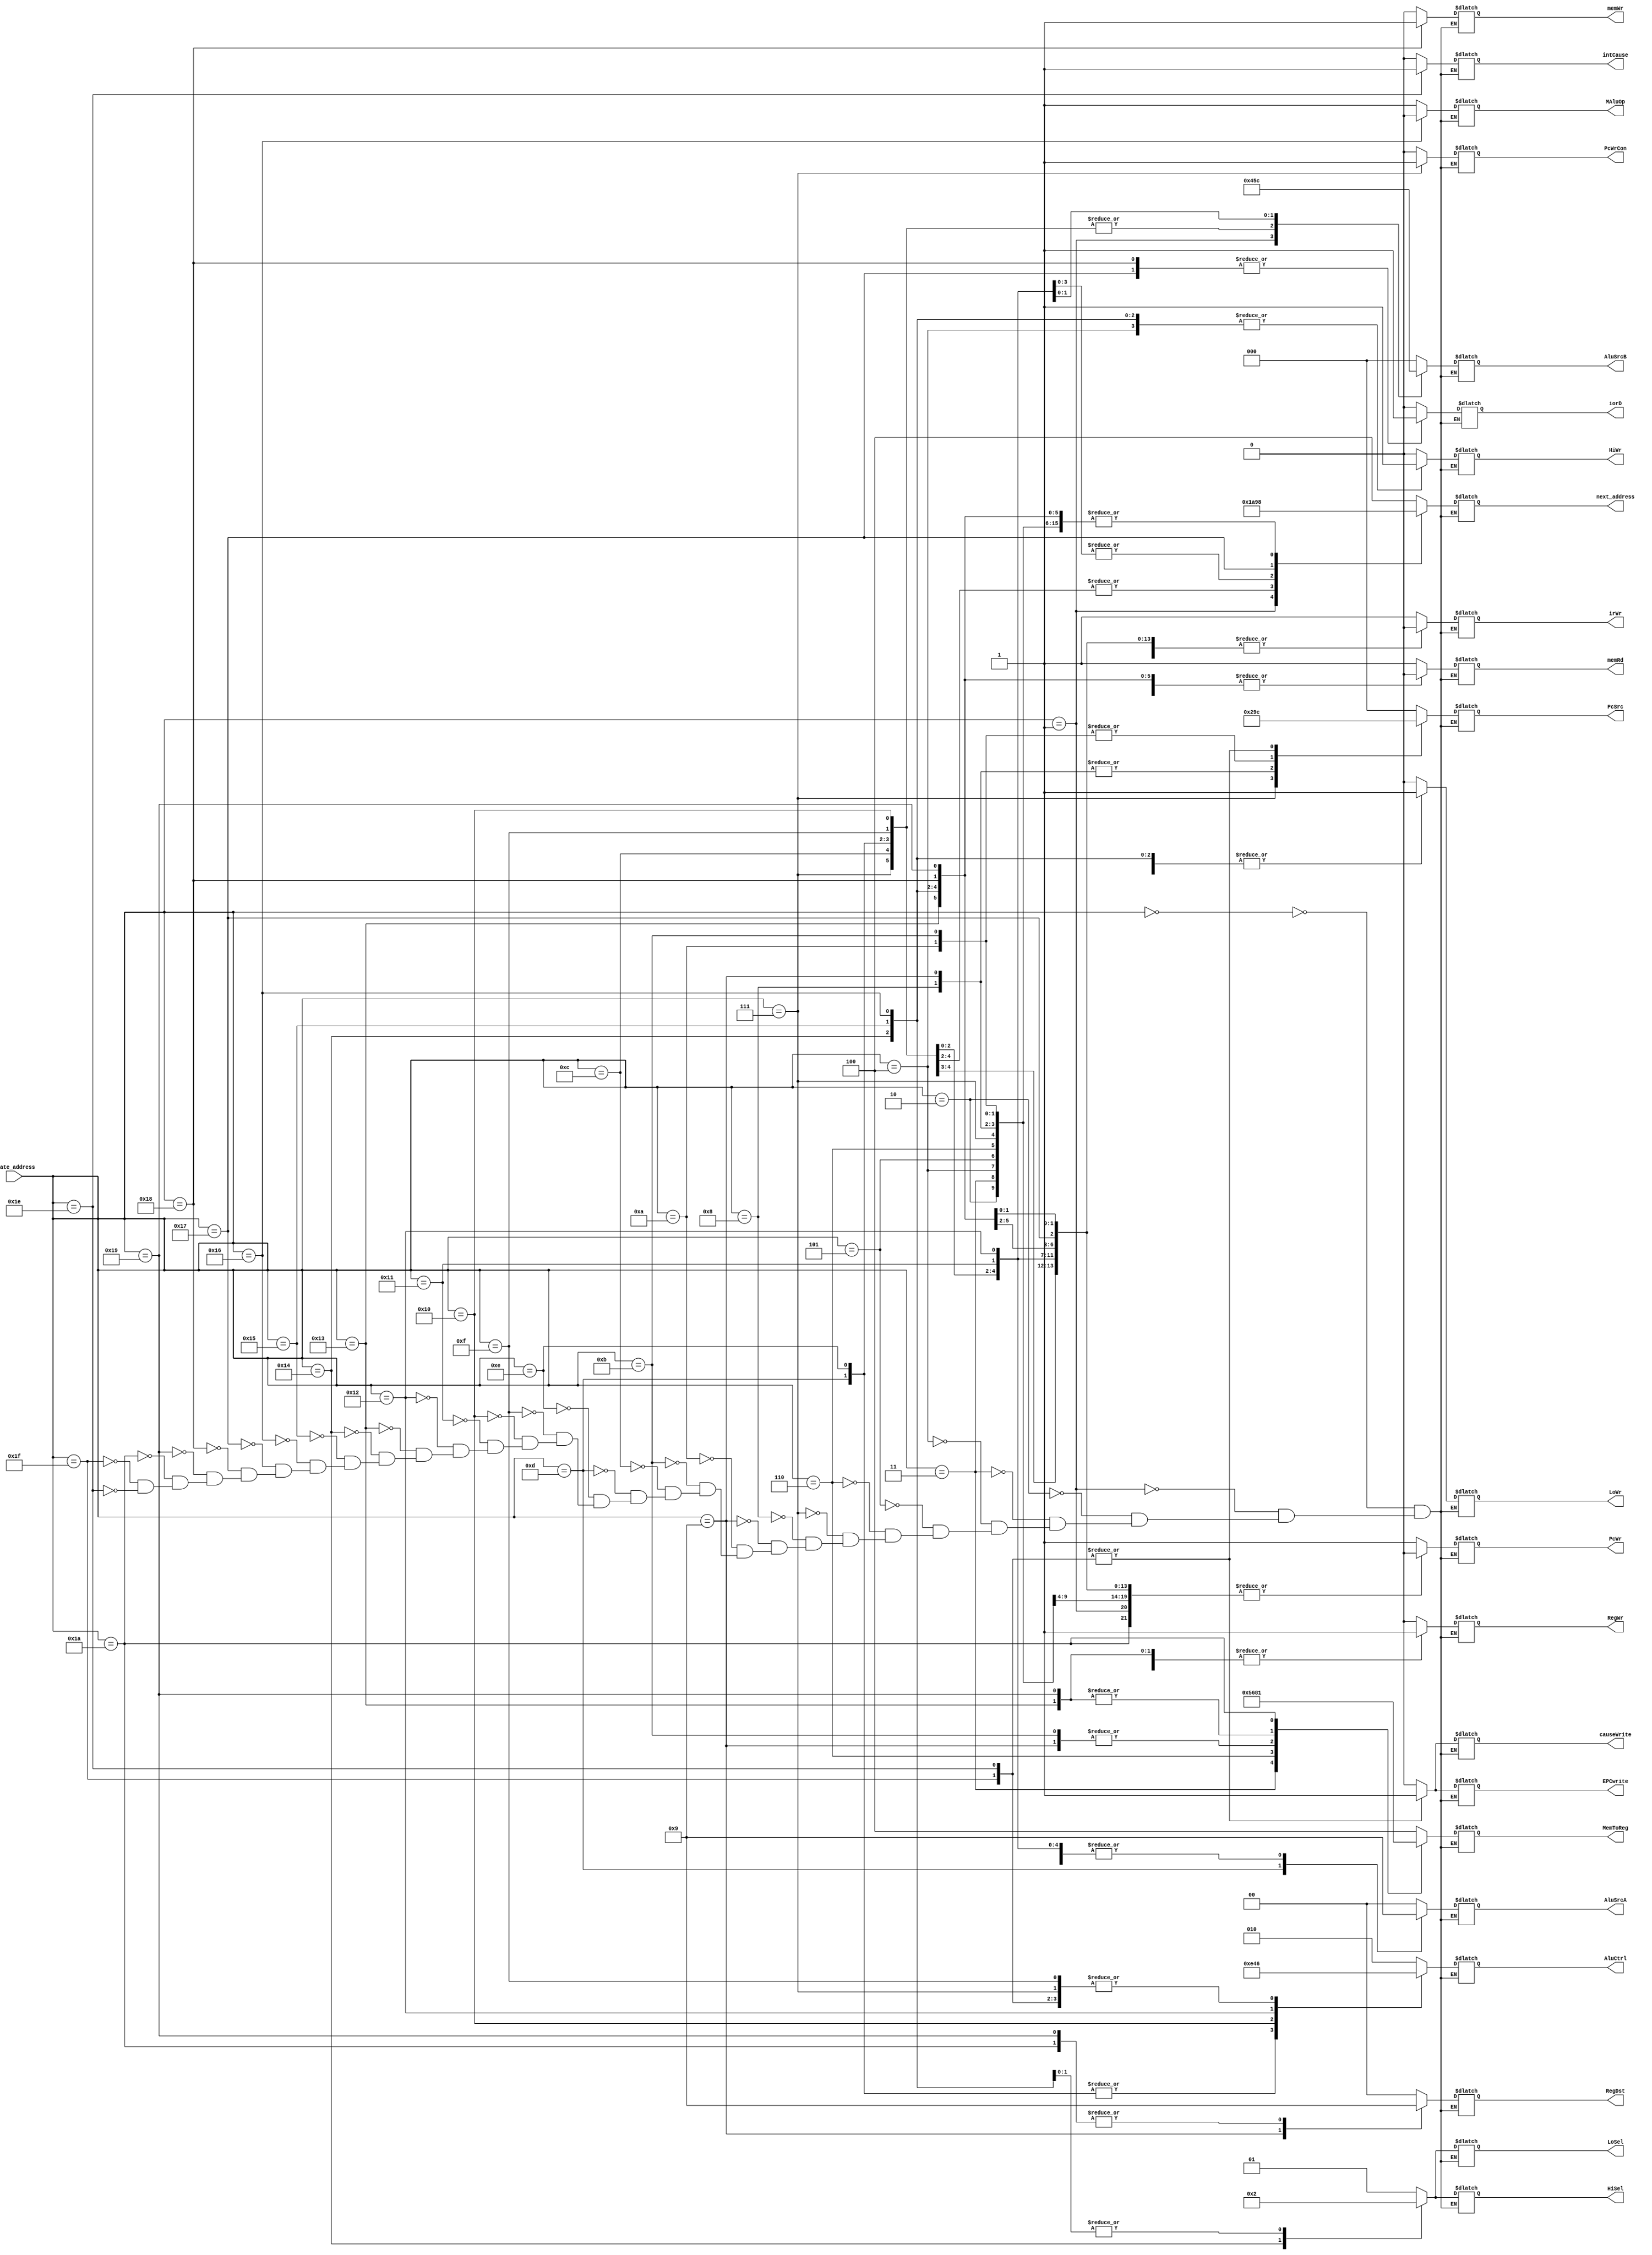
//`timescale 1ns / 1ps
module controlmemory(input [4:0] state_address,
				 output reg iorD,
				 output reg memRd,
				 output reg memWr,
				 output reg irWr,
				 output reg [1:0] AluSrcA,
				 output reg [2:0] AluSrcB,
				 output reg [2:0] AluCtrl,
				 output reg [1:0] HiSel,
				 output reg [1:0] LoSel,
				 output reg HiWr,
				 output reg LoWr,
				 output reg MAluOp,
				 output reg [2:0] MemToReg,
				 output reg [1:0] RegDst,
				 output reg RegWr,
				 output reg PcWr,
				 output reg PcWrCon,
				 output reg [2:0] PcSrc,
				 
				 output reg intCause,
				 output reg causeWrite,
				 output reg EPCwrite,
				 
				 output reg [2:0] next_address);
always@(*)
    begin		 
	    case(state_address)
		     5'b00000: //IF
			 begin
			     iorD= 1'b0;
				 memRd= 1'b1;
				 memWr= 1'b0;
				 irWr= 1'b1;
				 AluSrcA= 2'b00;
				 AluSrcB= 3'b000;
				 AluCtrl= 3'b010; //add
				 HiSel= 2'bxx;
				 LoSel= 2'bxx;
				 HiWr= 1'b0;
				 LoWr= 1'b0;
				 MAluOp= 1'bx;
				 MemToReg= 3'bxxx;
				 RegDst= 2'bxx;
				 RegWr= 1'b0;
				 PcWr= 1'b1;
				 PcWrCon= 1'b0;
				 PcSrc= 3'b000;
				 
				 intCause= 1'bx;
				 causeWrite= 1'b0;
				 EPCwrite= 1'b0;
				 
				 next_address= 3'b100;
			 end
			 
			 5'b00001:  //ID ex
			 begin
			     iorD= 1'bx;
				 memRd= 1'b0;
				 memWr= 1'b0;
				 irWr= 1'b0;
				 AluSrcA= 2'b00;
				 AluSrcB= 3'b010;
				 AluCtrl= 3'b010; //add
				 HiSel= 2'bxx;
				 LoSel= 2'bxx;
				 HiWr= 1'b0;
				 LoWr= 1'b0;
				 MAluOp= 1'bx;
				 MemToReg= 3'bxxx;
				 RegDst= 2'bxx;
				 RegWr= 1'b0;
				 PcWr= 1'b0;
				 PcWrCon= 1'b0;
				 PcSrc= 3'bxxx;
				 
				 intCause= 1'bx;
				 causeWrite= 1'b0;
				 EPCwrite= 1'b0;
				 
				 next_address = 3'b001;
			 end
			 
			 5'b00010:  //mfhi ex
			 begin
			     iorD= 1'bx;
				 memRd= 1'b0;
				 memWr= 1'b0;
				 irWr= 1'b0;
				 AluSrcA= 2'bxx;
				 AluSrcB= 3'bxxx;
				 AluCtrl= 3'bxxx; //dont care
				 HiSel= 2'bxx;
				 LoSel= 2'bxx;
				 HiWr= 1'b0;
				 LoWr= 1'b0;
				 MAluOp= 1'bx;
				 MemToReg= 3'b100;
				 RegDst= 2'b00;
				 RegWr= 1'b1;
				 PcWr= 1'b0;
				 PcWrCon= 1'b0;
				 PcSrc= 3'bxxx;
				 
				 intCause= 1'bx;
				 causeWrite= 1'b0;
				 EPCwrite= 1'b0;
				 
				 next_address = 3'b000;
			 end
			 
			 5'b00011:  //mflo ..
			 begin
			     iorD= 1'bx;
				 memRd= 1'b0;
				 memWr= 1'b0;
				 irWr= 1'b0;
				 AluSrcA= 2'bxx;
				 AluSrcB= 3'bxxx;
				 AluCtrl= 3'bxxx; //dont care
				 HiSel= 2'bxx;
				 LoSel= 2'bxx;
				 HiWr= 1'b0;
				 LoWr= 1'b0;
				 MAluOp= 1'bx;
				 MemToReg= 3'b101;
				 RegDst= 2'b00;
				 RegWr= 1'b1;
				 PcWr= 1'b0;
				 PcWrCon= 1'b0;
				 PcSrc= 3'bxxx;
				 
				 intCause= 1'bx;
				 causeWrite= 1'b0;
				 EPCwrite= 1'b0;
				 
				 next_address = 3'b000;
			 end
			 
			 5'b00100:  //mthi
			 begin
			     iorD= 1'bx;
				 memRd= 1'b0;
				 memWr= 1'b0;
				 irWr= 1'b0;
				 AluSrcA= 2'bxx;
				 AluSrcB= 3'bxxx;
				 AluCtrl= 3'bxxx; //dont care
				 HiSel= 2'b01;
				 LoSel= 2'bxx;
				 HiWr= 1'b1;
				 LoWr= 1'b0;
				 MAluOp= 1'bx;
				 MemToReg= 3'bxxx;
				 RegDst= 2'bxx;
				 RegWr= 1'b0;
				 PcWr= 1'b0;
				 PcWrCon= 1'b0;
				 PcSrc= 3'bxxx;
				 
				 intCause= 1'bx;
				 causeWrite= 1'b0;
				 EPCwrite= 1'b0;
				 
				 next_address = 3'b000;
			 end
			 
			 5'b00101:  //mtlo
			 begin
			     iorD= 1'bx;
				 memRd= 1'b0;
				 memWr= 1'b0;
				 irWr= 1'b0;
				 AluSrcA= 2'bxx;
				 AluSrcB= 3'bxxx;
				 AluCtrl= 3'bxxx; //dont care
				 HiSel= 2'bxx;
				 LoSel= 2'b01;
				 HiWr= 1'b0;
				 LoWr= 1'b1;
				 MAluOp= 1'bx;
				 MemToReg= 3'bxxx;
				 RegDst= 2'bxx;
				 RegWr= 1'b0;
				 PcWr= 1'b0;
				 PcWrCon= 1'b0;
				 PcSrc= 3'bxxx;
				 
				 intCause= 1'bx;
				 causeWrite= 1'b0;
				 EPCwrite= 1'b0;
				 
				 next_address = 3'b000;
			 end
			 
			 5'b00110:  //lui
			 begin
			     iorD= 1'bx;
				 memRd= 1'b0;
				 memWr= 1'b0;
				 irWr= 1'b0;
				 AluSrcA= 2'bxx;
				 AluSrcB= 3'bxxx;
				 AluCtrl= 3'bxxx; //dont care
				 HiSel= 2'bxx;
				 LoSel= 2'bxx;
				 HiWr= 1'b0;
				 LoWr= 1'b0;
				 MAluOp= 1'bx;
				 MemToReg= 3'b011;
				 RegDst= 2'b00;
				 RegWr= 1'b1;
				 PcWr= 1'b0;
				 PcWrCon= 1'b0;
				 PcSrc= 3'bxxx;
				 
				 intCause= 1'bx;
				 causeWrite= 1'b0;
				 EPCwrite= 1'b0;
			     
				 next_address = 3'b000;
			 end
			 
			 5'b00111:  //beq
			 begin
			     iorD= 1'bx;
				 memRd= 1'b0;
				 memWr= 1'b0;
				 irWr= 1'b0;
				 AluSrcA= 2'b01;
				 AluSrcB= 3'b001;
				 AluCtrl= 3'b110; //sub
				 HiSel= 2'bxx;
				 LoSel= 2'bxx;
				 HiWr= 1'b0;
				 LoWr= 1'b0;
				 MAluOp= 1'bx;
				 MemToReg= 3'bxxx;
				 RegDst= 2'bxx;
				 RegWr= 1'b0;
				 PcWr= 1'b0;
				 PcWrCon= 1'b1;
				 PcSrc= 3'b001;
				 
				 intCause= 1'bx;
				 causeWrite= 1'b0;
				 EPCwrite= 1'b0;
			     
				 next_address = 3'b000;
			 end
			 
			 5'b01000:  //j
			 begin
			     iorD= 1'bx;
				 memRd= 1'b0;
				 memWr= 1'b0;
				 irWr= 1'b0;
				 AluSrcA= 2'bxx;
				 AluSrcB= 3'bxxx;
				 AluCtrl= 3'bxxx; //dc
				 HiSel= 2'bxx;
				 LoSel= 2'bxx;
				 HiWr= 1'b0;
				 LoWr= 1'b0;
				 MAluOp= 1'bx;
				 MemToReg= 3'bxxx;
				 RegDst= 2'bxx;
				 RegWr= 1'b0;
				 PcWr= 1'b1;
				 PcWrCon= 1'b0;
				 PcSrc= 3'b010;
				 
				 intCause= 1'bx;
				 causeWrite= 1'b0;
				 EPCwrite= 1'b0;
			     
				 next_address = 3'b000;
			 end
			 
			 5'b01001:  //jal
			 begin
			     iorD= 1'bx;
				 memRd= 1'b0;
				 memWr= 1'b0;
				 irWr= 1'b0;
				 AluSrcA= 2'bxx;
				 AluSrcB= 3'bxxx;
				 AluCtrl= 3'bxxx; //dc
				 HiSel= 2'bxx;
				 LoSel= 2'bxx;
				 HiWr= 1'b0;
				 LoWr= 1'b0;
				 MAluOp= 1'bx;
				 MemToReg= 3'b010;
				 RegDst= 2'b10;
				 RegWr= 1'b1;
				 PcWr= 1'b1;
				 PcWrCon= 1'b0;
				 PcSrc= 3'b010;
				 
				 intCause= 1'bx;
				 causeWrite= 1'b0;
				 EPCwrite= 1'b0;
			     
				 next_address = 3'b000;
			 end
			 
			 5'b01010: //jr
			 begin
			    iorD= 1'bx;
				 memRd= 1'b0;
				 memWr= 1'b0;
				 irWr= 1'b0;
				 AluSrcA= 2'bxx;
				 AluSrcB= 3'bxxx;
				 AluCtrl= 3'bxxx; //dc
				 HiSel= 2'bxx;
				 LoSel= 2'bxx;
				 HiWr= 1'b0;
				 LoWr= 1'b0;
				 MAluOp= 1'bx;
				 MemToReg= 3'bxxx;
				 RegDst= 2'bxx;
				 RegWr= 1'b0;
				 PcWr= 1'b1;
				 PcWrCon= 1'b0;
				 PcSrc= 3'b011;
				 
				 intCause= 1'bx;
				 causeWrite= 1'b0;
				 EPCwrite= 1'b0;
			     
				 next_address = 3'b000;
			 end
			 
			 5'b01011: //jalr
			 begin
			     iorD= 1'bx;
				 memRd= 1'b0;
				 memWr= 1'b0;
				 irWr= 1'b0;
				 AluSrcA= 2'bxx;
				 AluSrcB= 3'bxxx;
				 AluCtrl= 3'bxxx; //dc
				 HiSel= 2'bxx;
				 LoSel= 2'bxx;
				 HiWr= 1'b0;
				 LoWr= 1'b0;
				 MAluOp= 1'bx;
				 MemToReg= 3'b010;
				 RegDst= 2'b00;
				 RegWr= 1'b1;
				 PcWr= 1'b1;
				 PcWrCon= 1'b0;
				 PcSrc= 3'b011;
				 
				 intCause= 1'bx;
				 causeWrite= 1'b0;
				 EPCwrite= 1'b0;
			     
				 next_address = 3'b000;
			 end
			 
			 5'b01100:  //add
			 begin
			     iorD= 1'bx;
				 memRd= 1'b0;
				 memWr= 1'b0;
				 irWr= 1'b0;
				 AluSrcA= 2'b01;
				 AluSrcB= 3'b001;
				 AluCtrl= 3'b010; //add
				 HiSel= 2'bxx;
				 LoSel= 2'bxx;
				 HiWr= 1'b0;
				 LoWr= 1'b0;
				 MAluOp= 1'bx;
				 MemToReg= 3'bxxx;
				 RegDst= 2'bxx;
				 RegWr= 1'b0;
				 PcWr= 1'b0;
				 PcWrCon= 1'b0;
				 PcSrc= 3'bxxx;
				 
				 intCause= 1'bx;
				 causeWrite= 1'b0;
				 EPCwrite= 1'b0;
			     
				 next_address = 3'b101;
			 end
			 
			 5'b01101:  //sll
			 begin
			     iorD= 1'bx;
				 memRd= 1'b0;
				 memWr= 1'b0;
				 irWr= 1'b0;
				 AluSrcA= 2'b10;
				 AluSrcB= 3'b001;
				 AluCtrl= 3'b111; //shift
				 HiSel= 2'bxx;
				 LoSel= 2'bxx;
				 HiWr= 1'b0;
				 LoWr= 1'b0;
				 MAluOp= 1'bx;
				 MemToReg= 3'bxxx;
				 RegDst= 2'bxx;
				 RegWr= 1'b0;
				 PcWr= 1'b0;
				 PcWrCon= 1'b0;
				 PcSrc= 3'bxxx;
				 
				 intCause= 1'bx;
				 causeWrite= 1'b0;
				 EPCwrite= 1'b0;
			     
				 next_address = 3'b101;
			 end
			 
			 5'b01110: //sllv
			 begin
			     iorD= 1'bx;
				 memRd= 1'b0;
				 memWr= 1'b0;
				 irWr= 1'b0;
				 AluSrcA= 2'b01;
				 AluSrcB= 3'b001;
				 AluCtrl= 3'b111; //shift
				 HiSel= 2'bxx;
				 LoSel= 2'bxx;
				 HiWr= 1'b0;
				 LoWr= 1'b0;
				 MAluOp= 1'bx;
				 MemToReg= 3'bxxx;
				 RegDst= 2'bxx;
				 RegWr= 1'b0;
				 PcWr= 1'b0;
				 PcWrCon= 1'b0;
				 PcSrc= 3'bxxx;
				 
				 intCause= 1'bx;
				 causeWrite= 1'b0;
				 EPCwrite= 1'b0;
			     
				 next_address = 3'b101;
			 end
			 
			 5'b01111:  //div
			 begin
			     iorD= 1'bx;
				 memRd= 1'b0;
				 memWr= 1'b0;
				 irWr= 1'b0;
				 AluSrcA= 2'b01;
				 AluSrcB= 3'b001;
				 AluCtrl= 3'b110; //div
				 HiSel= 2'bxx;
				 LoSel= 2'bxx;
				 HiWr= 1'b0;
				 LoWr= 1'b0;
				 MAluOp= 1'bx;
				 MemToReg= 3'bxxx;
				 RegDst= 2'bxx;
				 RegWr= 1'b0;
				 PcWr= 1'b0;
				 PcWrCon= 1'b0;
				 PcSrc= 3'bxxx;
				 
				 intCause= 1'bx;
				 causeWrite= 1'b0;
				 EPCwrite= 1'b0;
                 
				 next_address = 3'b010;
			 end
			 
			 5'b10000:  //mult, madd, msub ..
			 begin
			     iorD= 1'bx;
				 memRd= 1'b0;
				 memWr= 1'b0;
				 irWr= 1'b0;
				 AluSrcA= 2'b01;
				 AluSrcB= 3'b001;
				 AluCtrl= 3'b001; //mult
				 HiSel= 2'bxx;
				 LoSel= 2'bxx;
				 HiWr= 1'b0;
				 LoWr= 1'b0;
				 MAluOp= 1'bx;
				 MemToReg= 3'bxxx;
				 RegDst= 2'bxx;
				 RegWr= 1'b0;
				 PcWr= 1'b0;
				 PcWrCon= 1'b0;
				 PcSrc= 3'bxxx;
				 
				 intCause= 1'bx;
				 causeWrite= 1'b0;
				 EPCwrite= 1'b0;
			     
				 next_address = 3'b010;
			 end
			 
			 5'b10001:  //addi, lw ,sw ex
			 begin
			     iorD= 1'bx;
				 memRd= 1'b0;
				 memWr= 1'b0;
				 irWr= 1'b0;
				 AluSrcA= 2'b01;
				 AluSrcB= 3'b011;
				 AluCtrl= 3'b010; //add
				 HiSel= 2'bxx;
				 LoSel= 2'bxx;
				 HiWr= 1'b0;
				 LoWr= 1'b0;
				 MAluOp= 1'bx;
				 MemToReg= 3'bxxx;
				 RegDst= 2'bxx;
				 RegWr= 1'b0;
				 PcWr= 1'b0;
				 PcWrCon= 1'b0;
				 PcSrc= 3'bxxx;
				 
				 intCause= 1'bx;
				 causeWrite= 1'b0;
				 EPCwrite= 1'b0;
			     
				 next_address = 3'b010;
			 end
			 
			 5'b10010: //ori ex
			 begin
			     iorD= 1'bx;
				 memRd= 1'b0;
				 memWr= 1'b0;
				 irWr= 1'b0;
				 AluSrcA= 2'b01;
				 AluSrcB= 3'b100;
				 AluCtrl= 3'b000; //or
				 HiSel= 2'bxx;
				 LoSel= 2'bxx;
				 HiWr= 1'b0;
				 LoWr= 1'b0;
				 MAluOp= 1'bx;
				 MemToReg= 3'bxxx;
				 RegDst= 2'bxx;
				 RegWr= 1'b0;
				 PcWr= 1'b0;
				 PcWrCon= 1'b0;
				 PcSrc= 3'bxxx;
				 
				 intCause= 1'bx;
				 causeWrite= 1'b0;
				 EPCwrite= 1'b0;
			     
				 next_address = 3'b010;
			 end
			 
			 5'b10011: //add, sll, sllv wb
			 begin
			     iorD= 1'bx;
				 memRd= 1'b0;
				 memWr= 1'b0;
				 irWr= 1'b0;
				 AluSrcA= 2'bxx;
				 AluSrcB= 3'bxxx;
				 AluCtrl= 3'bxxx; //dc 	
				 HiSel= 2'bxx;
				 LoSel= 2'bxx;
				 HiWr= 1'b0;
				 LoWr= 1'b0;
				 MAluOp= 1'bx;
				 MemToReg= 3'b000;
				 RegDst= 2'b00;
				 RegWr= 1'b1;
				 PcWr= 1'b0;
				 PcWrCon= 1'b0;
				 PcSrc= 3'bxxx;
				 
				 intCause= 1'bx;
				 causeWrite= 1'b0;
				 EPCwrite= 1'b0;
			     
				 next_address = 3'b000;
			 end
			 
			 5'b10100:  //div, mult ..
			 begin
			     iorD= 1'bx;
				 memRd= 1'b0;
				 memWr= 1'b0;
				 irWr= 1'b0;
				 AluSrcA= 2'bxx;
				 AluSrcB= 3'bxxx;
				 AluCtrl= 3'bxxx; //dc 	
				 HiSel= 2'b00;
				 LoSel= 2'b00;
				 HiWr= 1'b1;
				 LoWr= 1'b1;
				 MAluOp= 1'bx;
				 MemToReg= 3'bxxx;
				 RegDst= 2'bxx;
				 RegWr= 1'b0;
				 PcWr= 1'b0;
				 PcWrCon= 1'b0;
				 PcSrc= 3'bxxx;
				 
				 intCause= 1'bx;
				 causeWrite= 1'b0;
				 EPCwrite= 1'b0;
			     
				 next_address = 3'b000;
			 end
			 
			 5'b10101: //madd ..
			 begin
			     iorD= 1'bx;
				 memRd= 1'b0;
				 memWr= 1'b0;
				 irWr= 1'b0;
				 AluSrcA= 2'bxx;
				 AluSrcB= 3'bxxx;
				 AluCtrl= 3'bxxx; //dc 	
				 HiSel= 2'b10;
				 LoSel= 2'b10;
				 HiWr= 1'b1;
				 LoWr= 1'b1;
				 MAluOp= 1'b1; //add
				 MemToReg= 3'bxxx;
				 RegDst= 2'bxx;
				 RegWr= 1'b0;
				 PcWr= 1'b0;
				 PcWrCon= 1'b0;
				 PcSrc= 3'bxxx;
				 
				 intCause= 1'bx;
				 causeWrite= 1'b0;
				 EPCwrite= 1'b0;
			     
				 next_address = 3'b000;
			 end
			 
			 5'b10110:  //msub
			 begin
			     iorD= 1'bx;
				 memRd= 1'b0;
				 memWr= 1'b0;
				 irWr= 1'b0;
				 AluSrcA= 2'bxx;
				 AluSrcB= 3'bxxx;
				 AluCtrl= 3'bxxx; //dc 	
				 HiSel= 2'b10;
				 LoSel= 2'b10;
				 HiWr= 1'b1;
				 LoWr= 1'b1;
				 MAluOp= 1'b0; //sub
				 MemToReg= 3'bxxx;
				 RegDst= 2'bxx;
				 RegWr= 1'b0;
				 PcWr= 1'b0;
				 PcWrCon= 1'b0;
				 PcSrc= 3'bxxx;
				 
				 intCause= 1'bx;
				 causeWrite= 1'b0;
				 EPCwrite= 1'b0;
				 
				 next_address = 3'b000;
			 end
			 
			 5'b10111: //lw
			 begin
			     iorD= 1'b1;
				 memRd= 1'b1;
				 memWr= 1'b0;
				 irWr= 1'b0;
				 AluSrcA= 2'bxx;
				 AluSrcB= 3'bxxx;
				 AluCtrl= 3'bxxx; //dc 	
				 HiSel= 2'bxx;
				 LoSel= 2'bxx;
				 HiWr= 1'b0;
				 LoWr= 1'b0;
				 MAluOp= 1'bx; 
				 MemToReg= 3'bxxx;
				 RegDst= 2'bxx;
				 RegWr= 1'b0;
				 PcWr= 1'b0;
				 PcWrCon= 1'b0;
				 PcSrc= 3'bxxx;
				 
				 intCause= 1'bx;
				 causeWrite= 1'b0;
				 EPCwrite= 1'b0;
			     
				 next_address = 3'b011;
			 end
			 
			 5'b11000:  //sw ..
			 begin
			     iorD= 1'b1;
				 memRd= 1'b0;
				 memWr= 1'b1;
				 irWr= 1'b0;
				 AluSrcA= 2'bxx;
				 AluSrcB= 3'bxxx;
				 AluCtrl= 3'bxxx; //dc 	
				 HiSel= 2'bxx;
				 LoSel= 2'bxx;
				 HiWr= 1'b0;
				 LoWr= 1'b0;
				 MAluOp= 1'bx; 
				 MemToReg= 3'bxxx;
				 RegDst= 2'bxx;
				 RegWr= 1'b0;
				 PcWr= 1'b0;
				 PcWrCon= 1'b0;
				 PcSrc= 3'bxxx;
				 
				 intCause= 1'bx;
				 causeWrite= 1'b0;
				 EPCwrite= 1'b0;
				 
				  next_address = 3'b000;
			 end
			 
			 5'b11001: //addi, ori wb
			 begin
			     iorD= 1'bx;
				 memRd= 1'b0;
				 memWr= 1'b0;
				 irWr= 1'b0;
				 AluSrcA= 2'bxx;
				 AluSrcB= 3'bxxx;
				 AluCtrl= 3'bxxx; //dc 	
				 HiSel= 2'bxx;
				 LoSel= 2'bxx;
				 HiWr= 1'b0;
				 LoWr= 1'b0;
				 MAluOp= 1'bx; 
				 MemToReg= 3'b000;
				 RegDst= 2'b01;
				 RegWr= 1'b1;
				 PcWr= 1'b0;
				 PcWrCon= 1'b0;
				 PcSrc= 3'bxxx;
				 
				 intCause= 1'bx;
				 causeWrite= 1'b0;
				 EPCwrite= 1'b0;
				 
				 next_address = 3'b000;
			 end
			 
			 5'b11010: //lw wb
			 begin
			    iorD= 1'bx;
				 memRd= 1'b0;
				 memWr= 1'b0;
				 irWr= 1'b0;
				 AluSrcA= 2'bxx;
				 AluSrcB= 3'bxxx;
				 AluCtrl= 3'bxxx; //dc 	
				 HiSel= 2'bxx;
				 LoSel= 2'bxx;
				 HiWr= 1'b0;
				 LoWr= 1'b0;
				 MAluOp= 1'bx; 
				 MemToReg= 3'b001;
				 RegDst= 2'b01;
				 RegWr= 1'b1;
				 PcWr= 1'b0;
				 PcWrCon= 1'b0;
				 PcSrc= 3'bxxx;
				 
				 intCause= 1'bx;
				 causeWrite= 1'b0;
				 EPCwrite= 1'b0;
			     
				 next_address = 3'b000;
			 end
			 
			 5'd31: //undefined exception
			 begin
			     iorD= 1'b0;
				 memRd= 1'b1;
				 memWr= 1'b0;
				 irWr= 1'b1;
				 AluSrcA= 2'b00;
				 AluSrcB= 3'b000;
				 AluCtrl= 3'b110; //sub
				 HiSel= 2'bxx;
				 LoSel= 2'bxx;
				 HiWr= 1'b0;
				 LoWr= 1'b0;
				 MAluOp= 1'bx;
				 MemToReg= 3'bxxx;
				 RegDst= 2'bxx;
				 RegWr= 1'b0;
				 PcWr= 1'b1;
				 PcWrCon= 1'b0;
				 PcSrc= 3'b100;
				 
				 intCause= 1'b0;
				 causeWrite= 1'b1;
				 EPCwrite= 1'b1;
				 
				 next_address= 3'b000;
			 end
			 
			 5'd30: //overflow exception
			 begin
                 iorD= 1'b0;
				 memRd= 1'b1;
				 memWr= 1'b0;
				 irWr= 1'b1;
				 AluSrcA= 2'b00;
				 AluSrcB= 3'b000;
				 AluCtrl= 3'b110; //sub
				 HiSel= 2'bxx;
				 LoSel= 2'bxx;
				 HiWr= 1'b0;
				 LoWr= 1'b0;
				 MAluOp= 1'bx;
				 MemToReg= 3'bxxx;
				 RegDst= 2'bxx;
				 RegWr= 1'b0;
				 PcWr= 1'b1;
				 PcWrCon= 1'b0;
				 PcSrc= 3'b100;
				 
				 intCause= 1'b1;
				 causeWrite= 1'b1; //arthemetic expection
				 EPCwrite= 1'b1;
				 
				 next_address = 3'b000;
			 end
		
		endcase
		
		
    end
endmodule